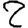
Digit: 2